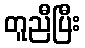
တူညီပြီး